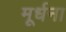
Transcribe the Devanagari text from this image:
मूर्धना